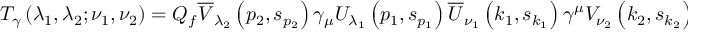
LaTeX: T _ { \gamma } \left( \lambda _ { 1 } , \lambda _ { 2 } ; \nu _ { 1 } , \nu _ { 2 } \right) = Q _ { f } \overline { { { V } } } _ { \lambda _ { 2 } } \left( p _ { 2 } , s _ { p _ { 2 } } \right) \gamma _ { \mu } U _ { \lambda _ { 1 } } \left( p _ { 1 } , s _ { p _ { 1 } } \right) \overline { { { U } } } _ { \nu _ { 1 } } \left( k _ { 1 } , s _ { k _ { 1 } } \right) \gamma ^ { \mu } V _ { \nu _ { 2 } } \left( k _ { 2 } , s _ { k _ { 2 } } \right) ,